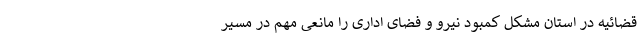
قضائیه در استان مشکل کمبود نیرو و فضای اداری را مانعی مهم در مسیر